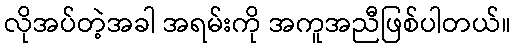
လိုအပ်တဲ့အခါ အရမ်းကို အကူအညီဖြစ်ပါတယ်။